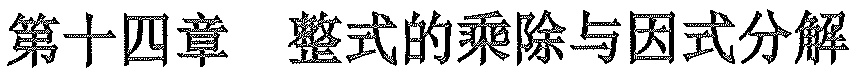
第十四章 整式的乘除与因式分解